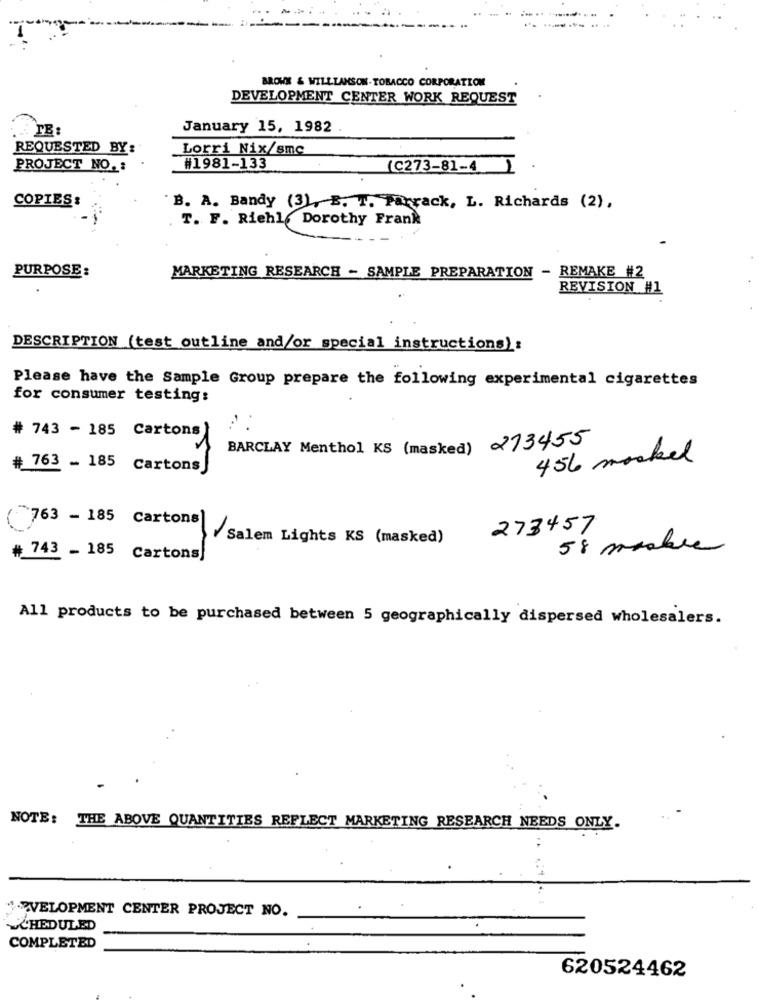
BROWS & WILLIAMSON-TOBACCO CORPORATION
DEVELOPMENT CENTER WORK REQUEST
January 15, 1982
REQUESTED BY:
Lorri Nix/smc
PROJECT NO. :
#1981-133
(C273-81-4 )
COPIES :
B. A. Bandy (3), E. T. Parrack, L. Richards (2) ,
T. F. Riehl, Dorothy Frank
PURPOSE:
MARKETING RESEARCH - SAMPLE PREPARATION - REMAKE #2
REVISION #1
DESCRIPTION (test outline and/or special instructions) :
Please have the Sample Group prepare the following experimental cigarettes
for consumer testing:
...
# 743 - 185 Cartons
BARCLAY Menthol KS (masked) 213455
456 moakel
# 763 _ 185 Cartons
-
763 - 185 Cartons
273457
Salem Lights KS (masked)
58 marbre
# 743 - 185 Cartons]
All products to be purchased between 5 geographically dispersed wholesalers.
NOTE: THE ABOVE QUANTITIES REFLECT MARKETING RESEARCH NEEDS ONLY.
OVELOPMENT CENTER PROJECT NO.
SCHEDULED
COMPLETED
620524462